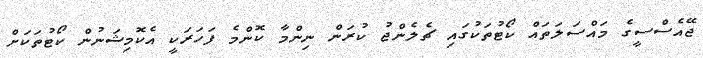
ޖޭއެސްސީގެ މައްސަލަތައް ކޯޓުތަކުގައި ޗެލެންޖު ކުރަން ނިންމާ ކޮންމެ ފަހަރަކީ އެކޮމިޝަނުން ކޯޓުތަކަށް